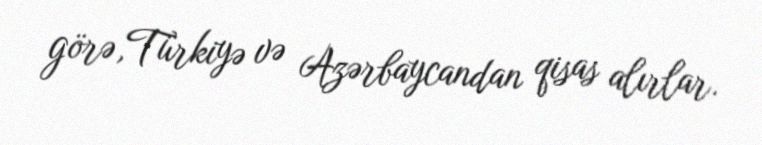
görə,Türkiyə və Azərbaycandan qisas alırlar.